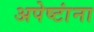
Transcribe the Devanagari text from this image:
अपेष्टांना